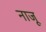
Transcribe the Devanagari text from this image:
नाजू